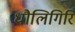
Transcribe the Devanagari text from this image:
धौलिगिरि